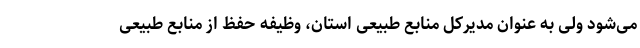
می‌شود ولی به عنوان مدیرکل منابع طبیعی استان، وظیفه حفظ از منابع طبیعی